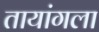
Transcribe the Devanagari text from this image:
तायांगला